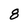
Character: 8